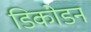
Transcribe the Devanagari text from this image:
डिकोडन